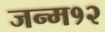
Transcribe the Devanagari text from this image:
जन्म१२